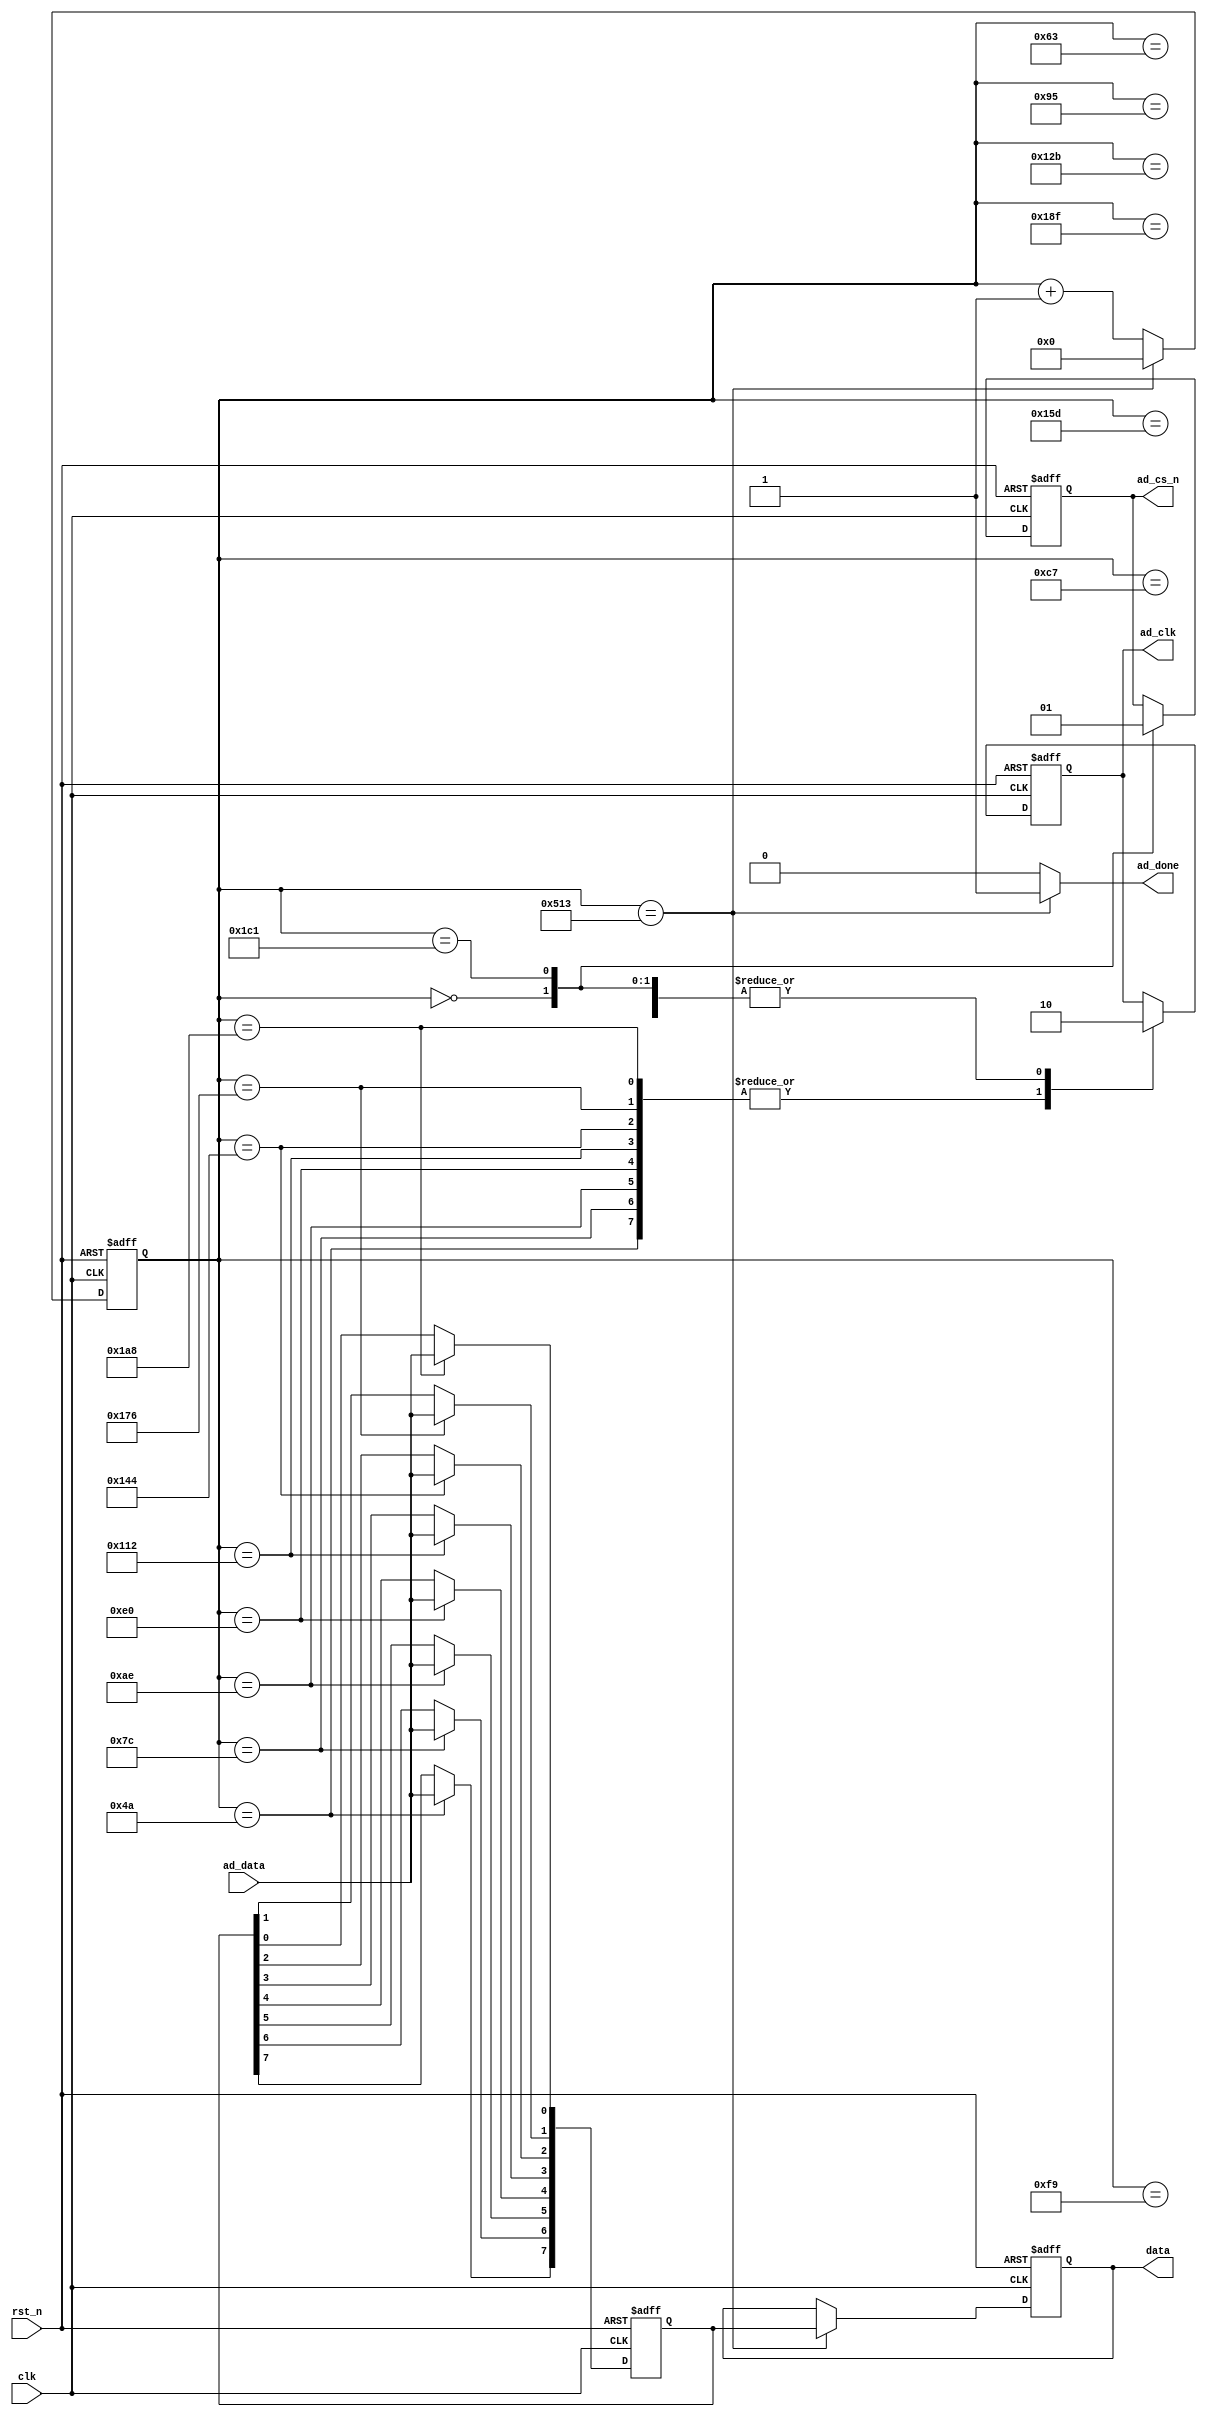
`timescale 1ns / 1ps

module ad(
  
  input   wire          clk,
  input   wire          rst_n,
  
  output  reg           ad_clk,
  output  reg           ad_cs_n,
  input   wire          ad_data,
  
  output  reg    [7:0]  data,
  output  wire 			ad_done
);

  parameter   t = 1300;

  reg     [10:0]    cnt;
  reg     [7:0]     data_temp;
  
  always @ (posedge clk, negedge rst_n)
  begin
    if(rst_n == 1'b0)
      cnt <= 11'd0;
    else if(cnt == t - 1)
      cnt <= 11'd0;
    else
      cnt <= cnt + 1'b1;
  end
  
  always @ (posedge clk, negedge rst_n)
  begin
    if(rst_n == 1'b0)
      begin
        ad_clk <= 1'b0;
        ad_cs_n <= 1'b1;
        data_temp <= 8'd0;
        data <= 8'd0;
      end
    else
      case(cnt)
        0   : begin ad_cs_n <= 1'b0; ad_clk <= 1'b0; end
        74  : begin ad_clk <= 1'b1; data_temp[7] <= ad_data; end
        99  : begin ad_clk <= 1'b0; end
        124 : begin ad_clk <= 1'b1; data_temp[6] <= ad_data; end
        149 : begin ad_clk <= 1'b0; end
        174 : begin ad_clk <= 1'b1; data_temp[5] <= ad_data; end
        199 : begin ad_clk <= 1'b0; end
        224 : begin ad_clk <= 1'b1; data_temp[4] <= ad_data; end
        249 : begin ad_clk <= 1'b0; end
        274 : begin ad_clk <= 1'b1; data_temp[3] <= ad_data; end
        299 : begin ad_clk <= 1'b0; end
        324 : begin ad_clk <= 1'b1; data_temp[2] <= ad_data; end
        349 : begin ad_clk <= 1'b0; end
        374 : begin ad_clk <= 1'b1; data_temp[1] <= ad_data; end
        399 : begin ad_clk <= 1'b0; end
        424 : begin ad_clk <= 1'b1; data_temp[0] <= ad_data; end
        449 : begin ad_clk <= 1'b0; ad_cs_n <= 1'b1; end
        1299: begin data <= data_temp; end
        default : ;
      endcase
  end
  
  assign ad_done = (cnt == t - 1) ? 1'b1 : 1'b0;
  
endmodule